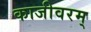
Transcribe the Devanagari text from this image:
काजीवरम्